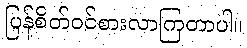
ပြန်စိတ်ဝင်စားလာကြတာပါ။